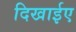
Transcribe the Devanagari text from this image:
दिखाईए